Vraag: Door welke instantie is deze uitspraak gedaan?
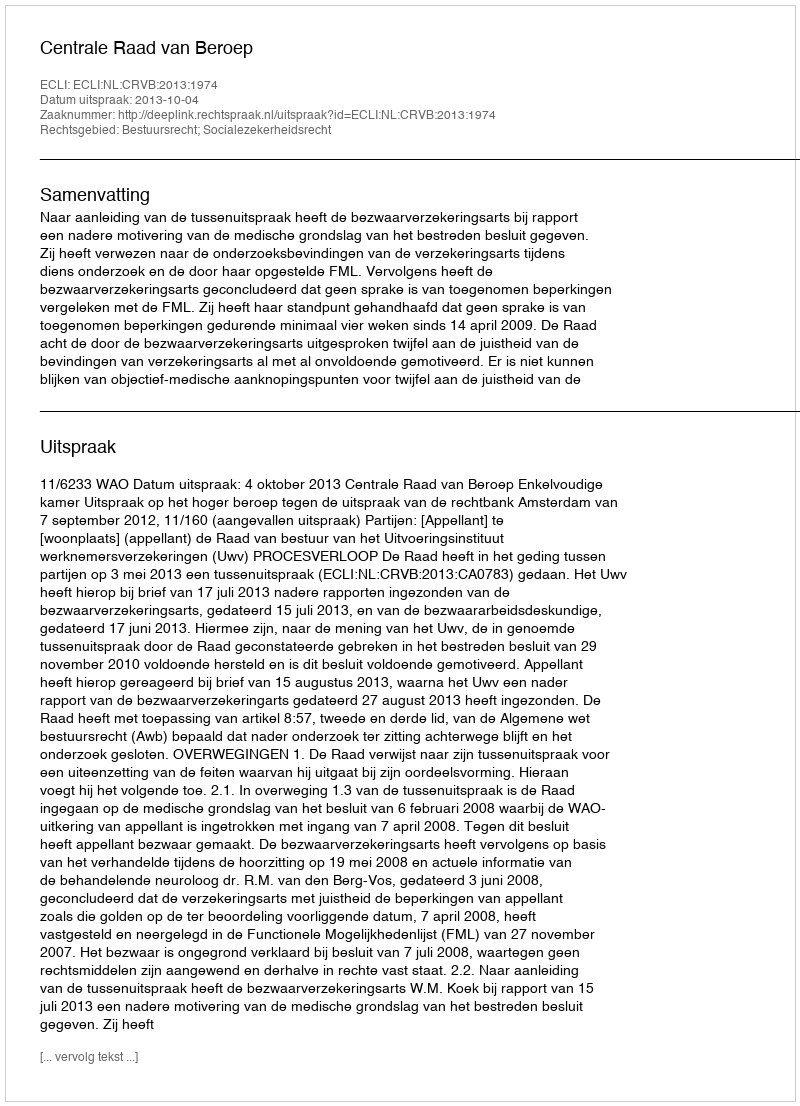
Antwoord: Centrale Raad van Beroep